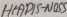
Text: HEADIS-NOSS